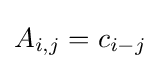
A_{i,j}=c_{i-j}